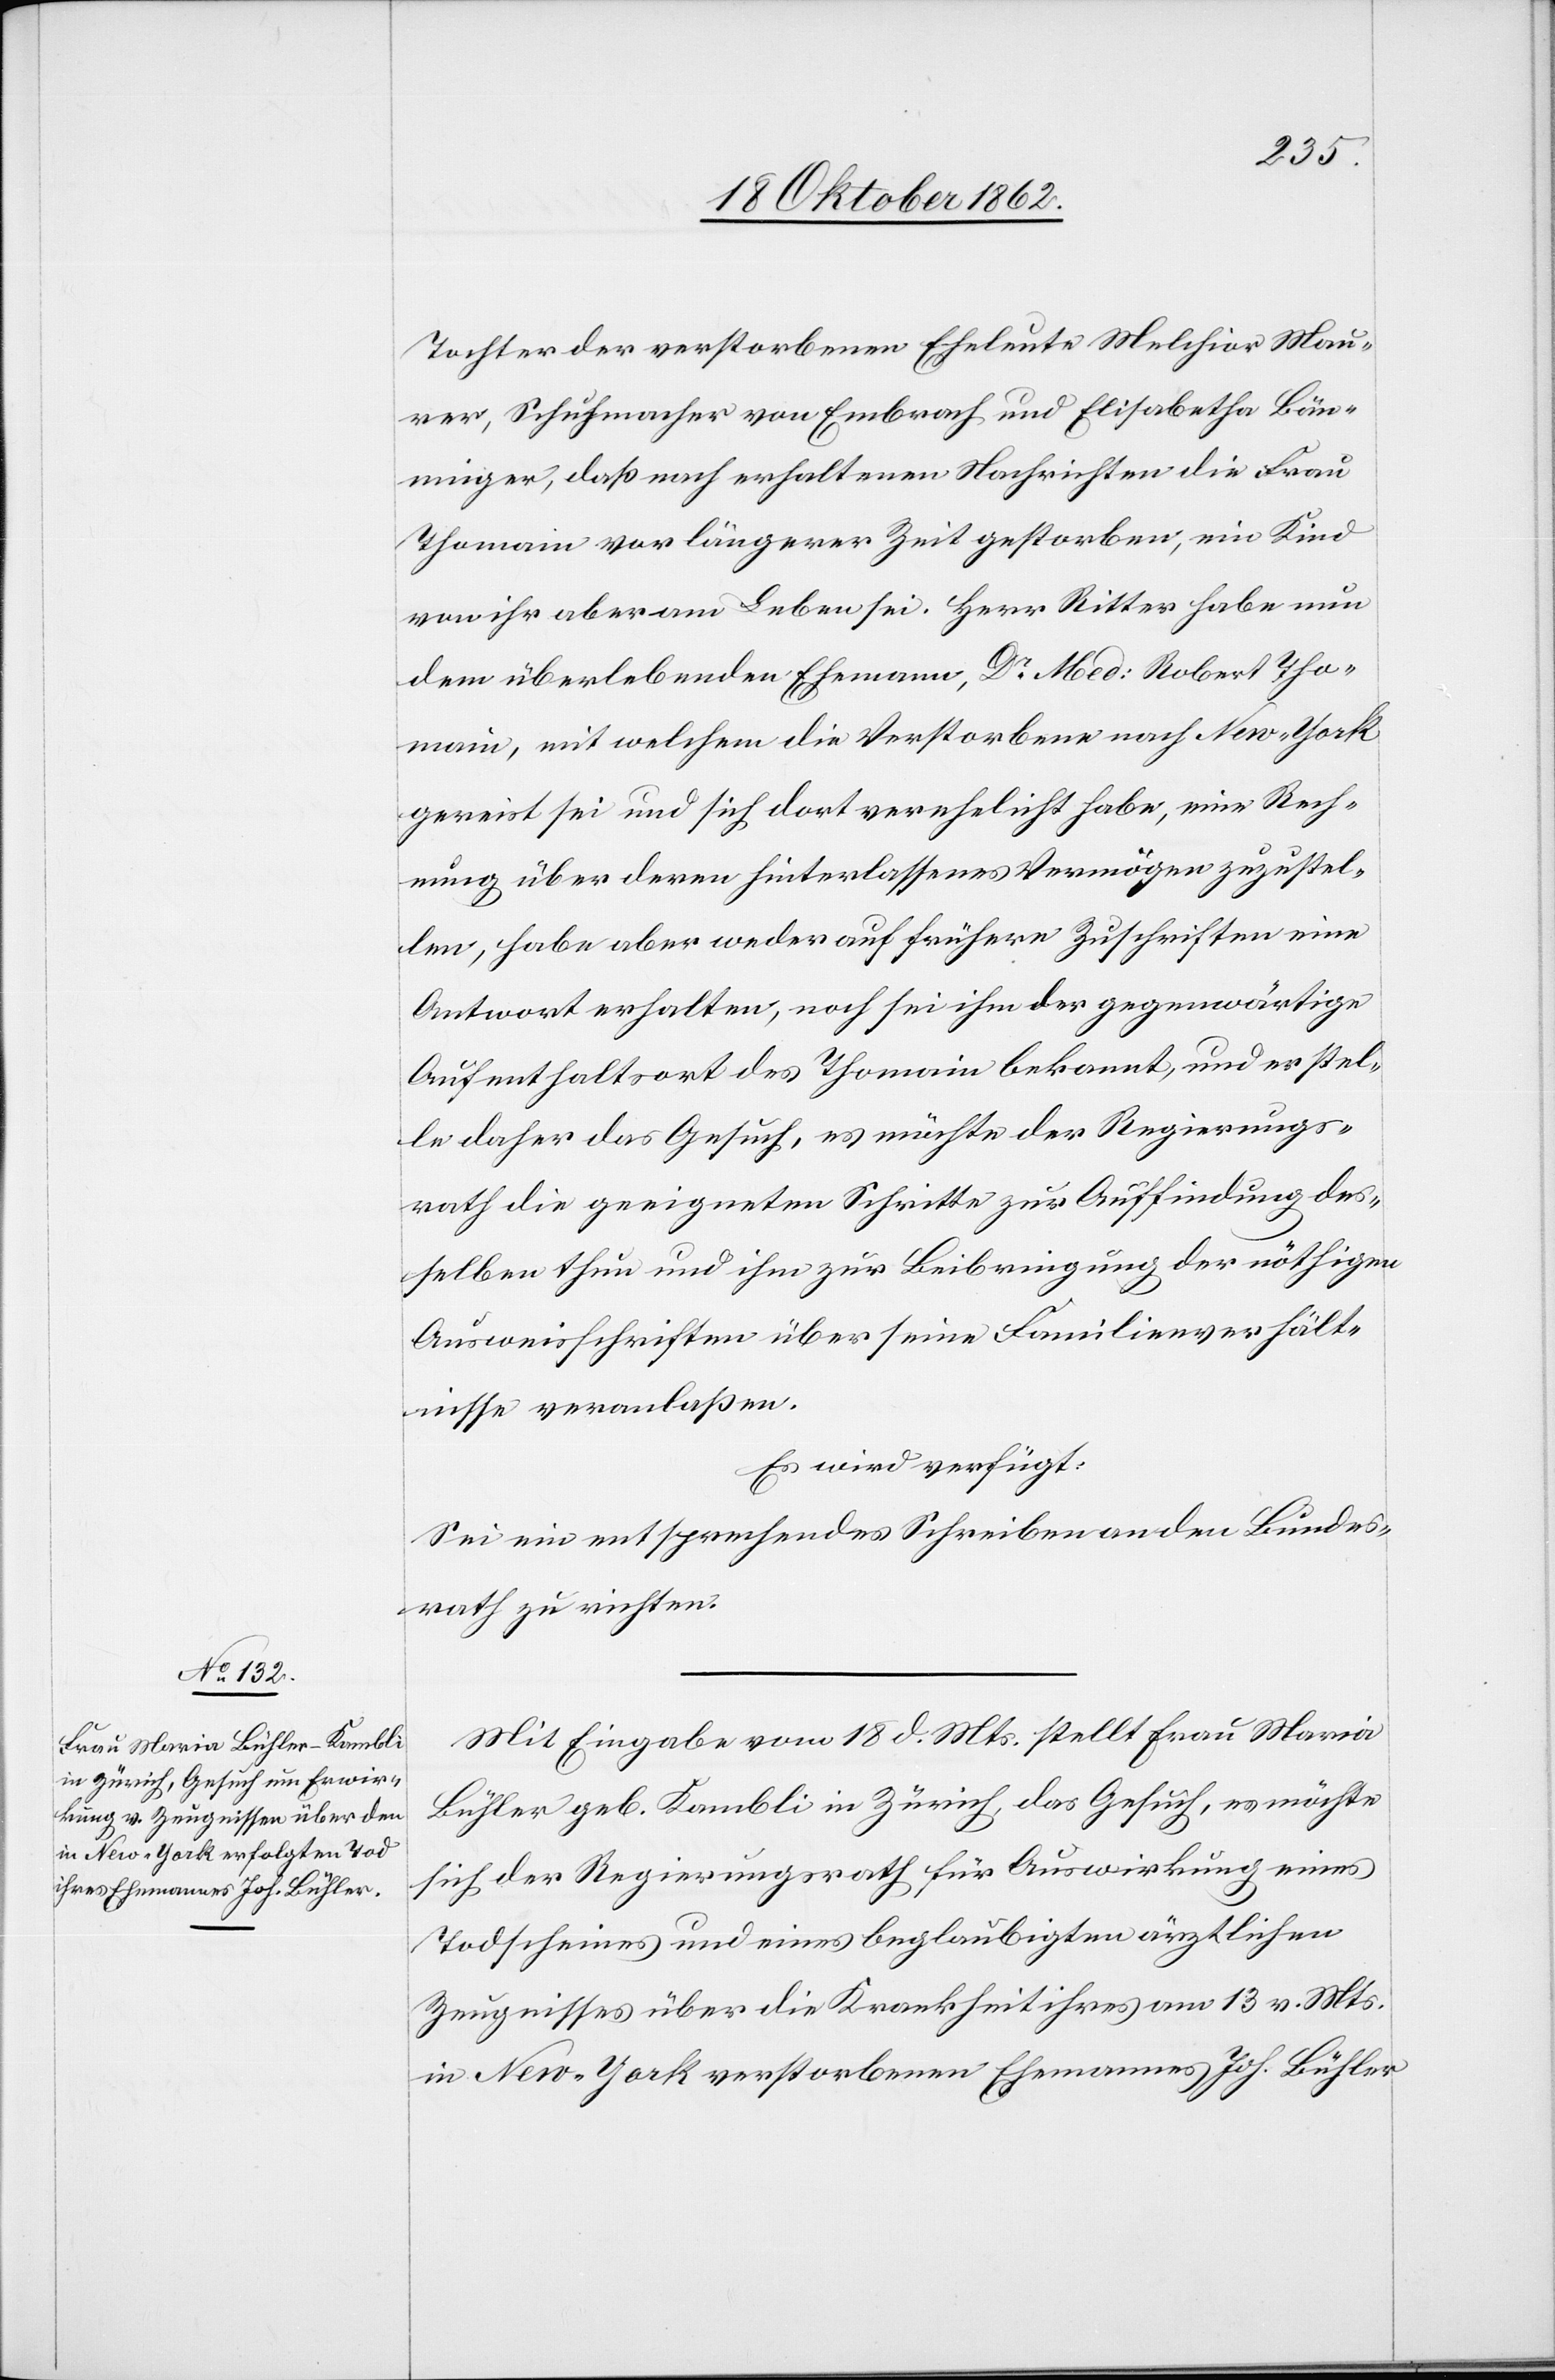
22. Oktober 1862.]
Tochter der verstorbenen Eheleute Melchior Mau¬
rer, Schuhmacher von Embrach und Elisabetha Bön¬
ninger, daß nach erhaltenen Nachrichten die Frau
Thomain vor längerer Zeit gestorben, ein Kind
von ihr aber am Leben sei. Herr Ritter habe nun
dem überlebenden Ehemann, Dr Med: Robert Tho¬
main, mit welchem die Verstorbene nach New-York
gereist sei und sich dort verehelicht habe, eine Rech¬
nung über deren Hinterlassenes Vermögen zuzustel¬
len, habe aber weder auf frühere Zuschriften eine
Antwort erhalten, noch sei ihm der gegenwärtige
Aufenthaltsort des Thomain bekannt, und er stel¬
le daher das Gesuch, es möchte der Regierungs¬
rath die geeigneten Schritte zur Auffindung des¬
selben thun und ihm zur Beibringung der nöthigen
Ausweisschriften über seine Familienverhält¬
nisse veranlaßen.
Es wird verfügt:
Sei ein entsprechendes Scheiben an den Bundes¬
rath zu richten.
Mit Eingabe vom 18. d. Mts. stellt Frau Maria
Bühler geb. Kambli in Zürich, das Gesuch, es möchte
sich der Regierungsrath für Auswirkung eines
Todscheines und eines beglaubigten ärztlichen
Zeugnisses über die Krankheit ihres am 13. v. Mts.
in New-York verstorbenen Ehemannes Joh. Bühler